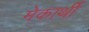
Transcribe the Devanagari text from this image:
मेकार्थी